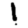
Digit: 1